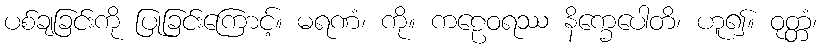
ပစ်ချခြင်းကို ပြုခြင်းကြောင့်။ မရဏံ၊ ကို။ ကဠေဝရဿ နိက္ခေပေါတိ၊ ဟူ၍။ ဝုတ္တံ၊